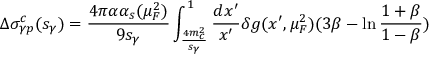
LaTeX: \Delta \sigma _ { \gamma p } ^ { c } ( s _ { \gamma } ) = { \frac { 4 \pi \alpha \alpha _ { s } ( \mu _ { F } ^ { 2 } ) } { 9 s _ { \gamma } } } \int _ { { \frac { 4 m _ { c } ^ { 2 } } { s _ { \gamma } } } } ^ { 1 } { \frac { d x ^ { \prime } } { x ^ { \prime } } } \delta g ( x ^ { \prime } , \mu _ { F } ^ { 2 } ) ( 3 \beta - \ln { \frac { 1 + \beta } { 1 - \beta } } )